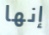
إنها